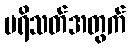
ပရိသတ်အတွက်